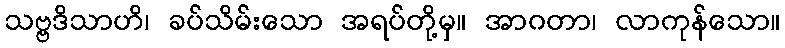
သဗ္ဗဒိသာဟိ၊ ခပ်သိမ်းသော အရပ်တို့မှ။ အာဂတာ၊ လာကုန်သော။